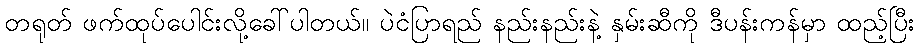
တရုတ် ဖက်ထုပ်ပေါင်းလို့ခေါ်ပါတယ်။ ပဲငံပြာရည် နည်းနည်းနဲ့ နှမ်းဆီကို ဒီပန်းကန်မှာ ထည့်ပြီး